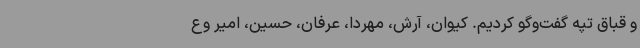
و قباق تپه گفت‌وگو کردیم. کیوان، آرش، مهردا، عرفان، حسین، امیر وع